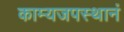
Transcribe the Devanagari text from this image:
काम्यजपस्थानं